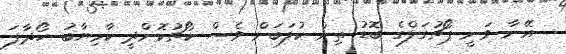
އޭނާ ވަނީ ޕޯޗުގަލްގެ ބޮޑު ތިން ކުލަބަށް ވެސް ކޯޗުކޮށްދީ ކާމިޔާބު ހޯދާފަ